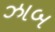
ઝાબ